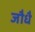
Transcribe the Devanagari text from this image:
जौधै